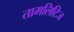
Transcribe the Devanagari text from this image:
तामलिटिज